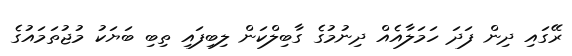
ރޭގައި ދިން ފަދަ ހަމަލާއެއް ދިނުމުގެ ގާބިލްކަން ލިބިފައި ތިބި ބަޔަކު މުޖުތަމައުގެ